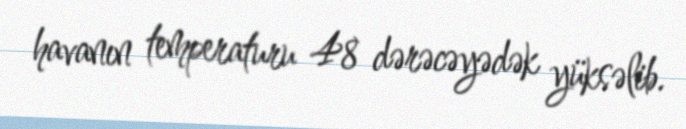
havanın temperaturu 48 dərəcəyədək yüksəlib.